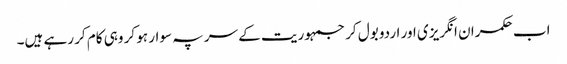
اب حکمران انگریزی اور اردو بول کر جمہوریت کے سر پہ سوار ہو کر وہی کام کر رہے ہیں۔